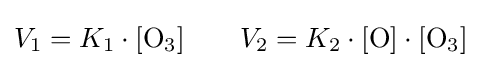
V_{1}=K_{1}\cdot [{\mathrm {O} {\vphantom {A}}_{\smash[{t}]{3}}}]\qquad V_{2}=K_{2}\cdot [{\mathrm {O} }]\cdot [{\mathrm {O} {\vphantom {A}}_{\smash[{t}]{3}}}]